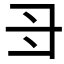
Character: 𠃠